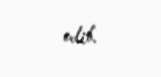
edib.